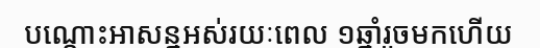
បណ្តោះអាសន្នអស់រយៈពេល ១ឆ្នាំរួចមកហើយ